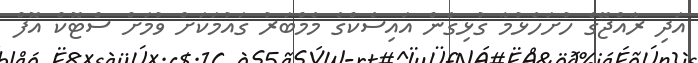
އަދި ރާއްޖޭގެ ހުށަހެޅުމާ ގުޅިގެން އައިސެކްގެ މެމްބަރު ގައުމަކަށް ވުމަށް ސްޓޮކް އޮފް